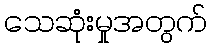
သေဆုံးမှုအတွက်